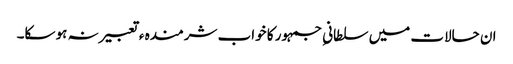
ان حالات میں سلطانیِ جمہور کا خواب شرمندہ ء تعبیر نہ ہو سکا۔